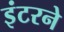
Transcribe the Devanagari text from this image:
इंटरने